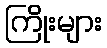
ကြိုးများ